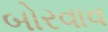
બોરવાવ